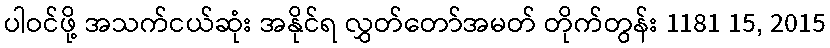
ပါဝင်ဖို့ အသက်ငယ်ဆုံး အနိုင်ရ လွှတ်တော်အမတ် တိုက်တွန်း 1181 15, 2015